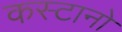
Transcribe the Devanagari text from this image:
कस्टानो